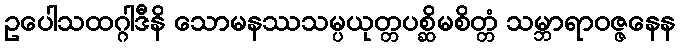
ဥပေါသထဂ္ဂါဒီနိ သောမနဿသမ္ပယုတ္တပစ္ဆိမစိတ္တံ သမ္ဘာရာဝဇ္ဇနေန